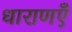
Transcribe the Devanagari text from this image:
धाराणएँ